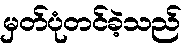
မှတ်ပုံတင်ခဲ့သည်